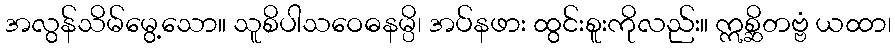
အလွန်သိမ်မွေ့သော။ သူစိပါသဝေဓနမ္ပိ၊ အပ်နဖား ထွင်းစူးကိုလည်း။ ဣစ္ဆိတဗ္ဗံ ယထာ၊